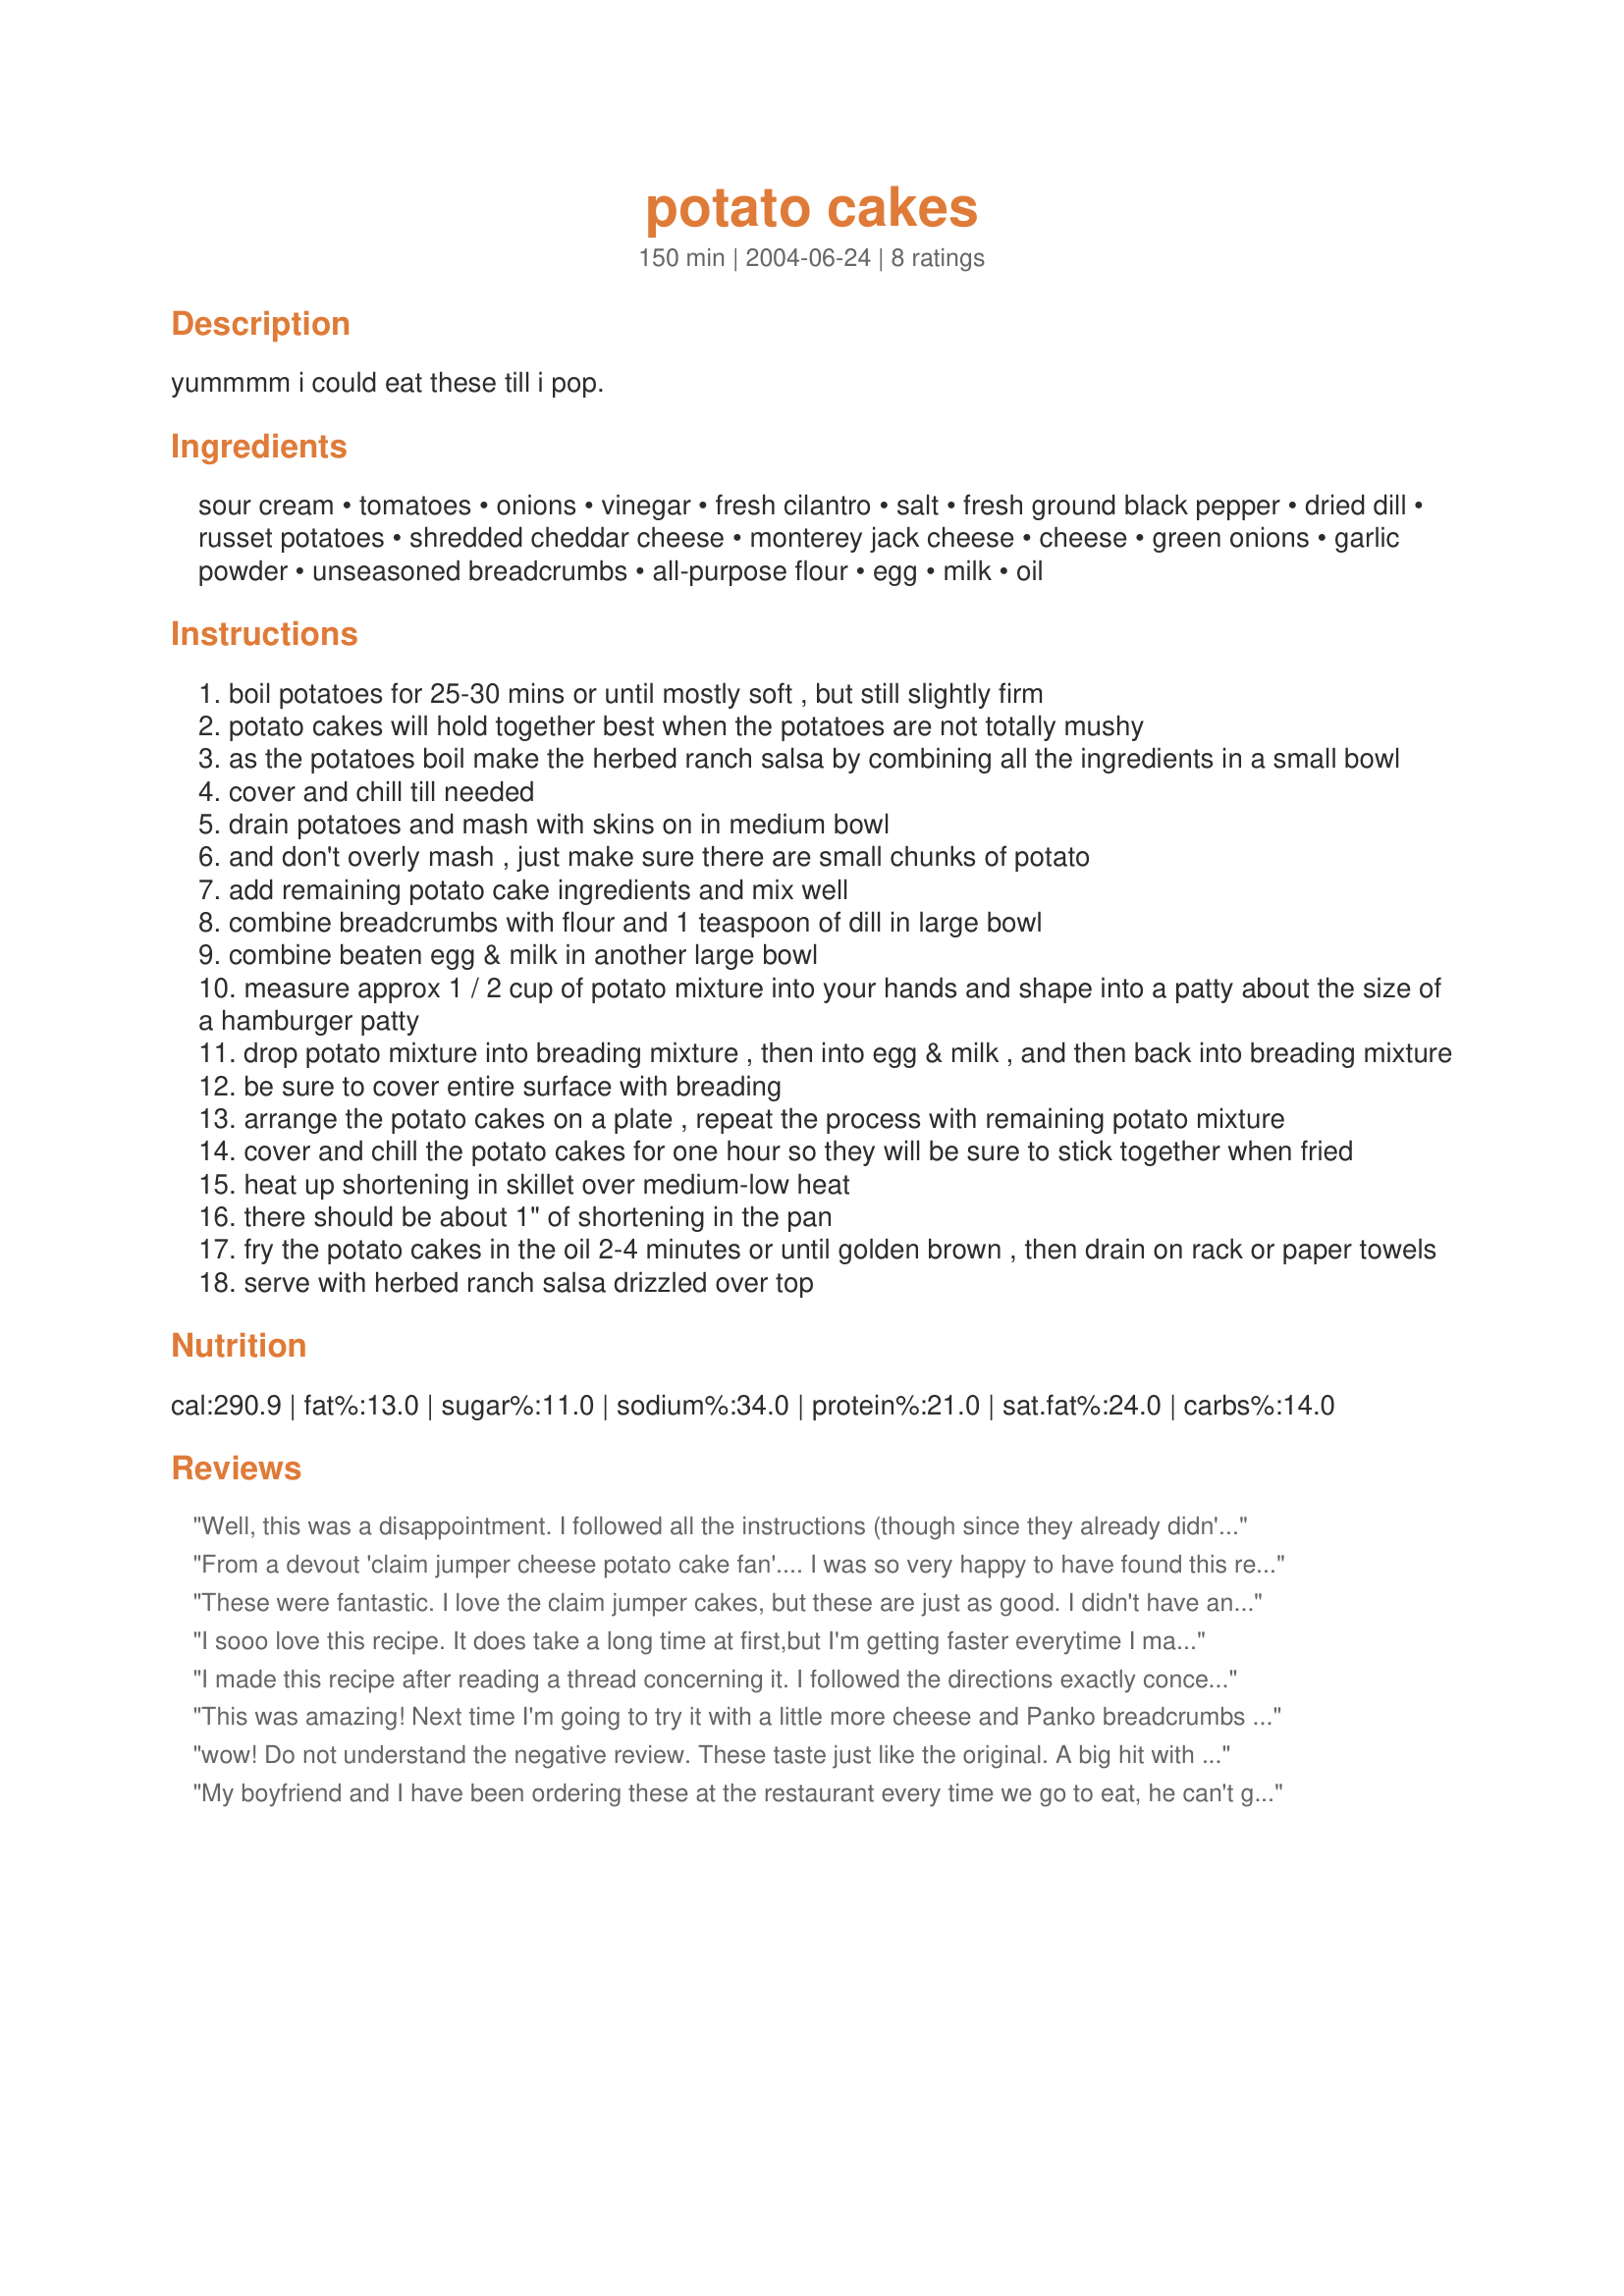
potato cakes
Preparation time: 150 minutes

yummmm i could eat these till i pop.

Ingredients:
sour cream, tomatoes, onions, vinegar, fresh cilantro, salt, fresh ground black pepper, dried dill, russet potatoes, shredded cheddar cheese, monterey jack cheese, cheese, green onions, garlic powder, unseasoned breadcrumbs, all-purpose flour, egg, milk, oil

Steps:
boil potatoes for 25-30 mins or until mostly soft , but still slightly firm
potato cakes will hold together best when the potatoes are not totally mushy
as the potatoes boil make the herbed ranch salsa by combining all the ingredients in a small bowl
cover and chill till needed
drain potatoes and mash with skins on in medium bowl
and don't overly mash , just make sure there are small chunks of potato
add remaining potato cake ingredients and mix well
combine breadcrumbs with flour and 1 teaspoon of dill in large bowl
combine beaten egg & milk in another large bowl
measure approx 1 / 2 cup of potato mixture into your hands and shape into a patty about the size of a hamburger patty
drop potato mixture into breading mixture , then into egg & milk , and then back into breading mixture
be sure to cover entire surface with breading
arrange the potato cakes on a plate , repeat the process with remaining potato mixture
cover and chill the potato cakes for one hour so they will be sure to stick together when fried
heat up shortening in skillet over medium-low heat
there should be about 1" of shortening in the pan
fry the potato cakes in the oil 2-4 minutes or until golden brown , then drain on rack or paper towels
serve with herbed ranch salsa drizzled over top

Reviews:
Well, this was a disappointment. I followed all the instructions (though since they already didn't hold together well then, I put them in the fridge before putting them into breading), but once I put the cakes in the eggmixture, most of them broke into bits, so putting them in breadcrumbs and the egg and the breadcrumbs again is far too much handling. So I dropped one step of breadcrumbs. Inspite of leaving them again in the fridge during the frying process, most of them dissolved again and soaked up a lot of fat. I drained them on a paper cloth and served the pancakes with the salsa (not very convincing taste either, I'd definetely leave out the vinegar- it makes it far too sour). I hoped that the taste would at least make up for all the pains I went through, but honestly I really didn't think it was worth it. Too fatty. Considering the time spent and result obtained, I'm really sorry, but I had better results with spending less time in the kitchen ( a less messy kitchen too). When I read the ingredients list, I really thought this might be sth really nice, but as I made this it just wasn't near to what it suggested. It also smelled good during the frying, but unfortunately the taste wasn't anywhere near the smell.
From a devout 'claim jumper cheese potato cake fan'.... I was so very happy to have found this recipe. I loved it and guess what?... I will never have to visit another Claim Jumper in my life again... since the only reason I went was for the cheese potato cakes! Thanks for the recipe!!!! YYUUUUMMMMMMMMMMMM !!
These were fantastic. I love the claim jumper cakes, but these are just as good. I didn't have any cilantro so I skipped it and I have to say, I had to boil my potatoes a bit longer than 25 minutes. I would say to boil them until fork tender. I made these on short notice today, but I would make them advance next time knowing I can just refridgerate most of the ingredients until it's time to fry them up. OH- I used regular vegetable oil to fry them up. YUMMMMMM!
I sooo love this recipe. It does take a long time at first,but I'm getting faster everytime I make it. :) I add more cheese & dill.
I made this recipe after reading a thread concerning it. I followed the directions exactly concerning the mashing of potatoes. I did not have the troubles mentioned in the review by Anke R. There is a difference in potatoes and the amount of water they absorb during cooking. Perhaps her potatoes were a bit over done. I imagine that adding an egg to the potato mixture if you think it is too crumbly would make it perfect. All in all this is a great recipe.
This was amazing! Next time I'm going to try it with a little more cheese and Panko breadcrumbs instead of plain breadcrumbs. I think that will make the cakes a little more authentic.
wow! Do not understand the negative review. These taste just like the original. A big hit with my family!
My boyfriend and I have been ordering these at the restaurant every time we go to eat, he can't get enough of them. I found this recipe and was excited to try it. It wasn't hard to follow, just a bit time consuming and like someone else said, I would probably make the potato mix in advance. Next time I would also double the amount of cheese, I think that will help it bind better, and I love cheese. I used a hamburger press to make the patties and that helped keep them together. As for the dip, it's not quite how the restaurant serves it, but it's decent. I'm still trying to figure out what it's missing, maybe ketchup? If you figure it out, please help. Overall, I will make this again for my boyfriend who ate 4 right after I fried them.
